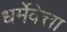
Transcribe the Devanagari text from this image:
धर्मेवेत्ता